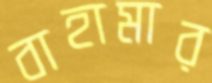
বাহামার